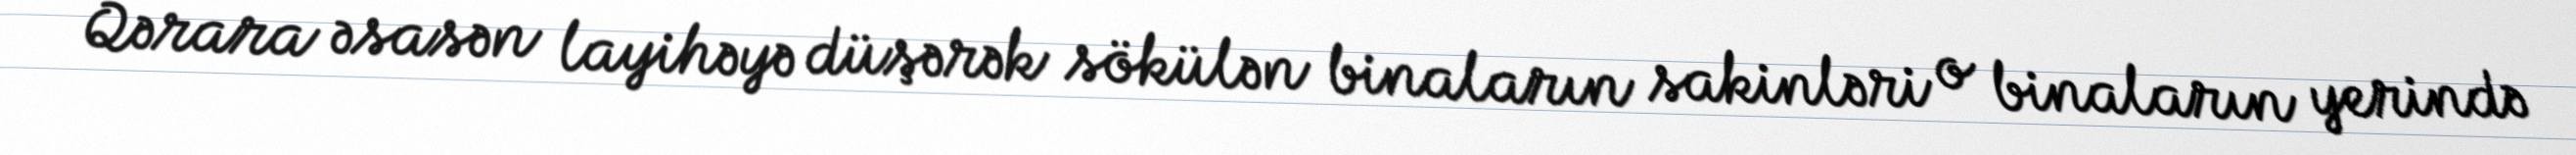
Qərara əsasən layihəyə düşərək sökülən binaların sakinləri o binaların yerində